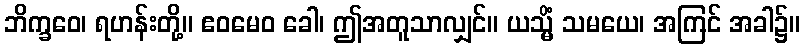
ဘိက္ခဝေ၊ ရဟန်းတို့။ ဧဝမေဝ ခေါ၊ ဤအတူသာလျှင်။ ယသ္မိံ သမယေ၊ အကြင် အခါ၌။